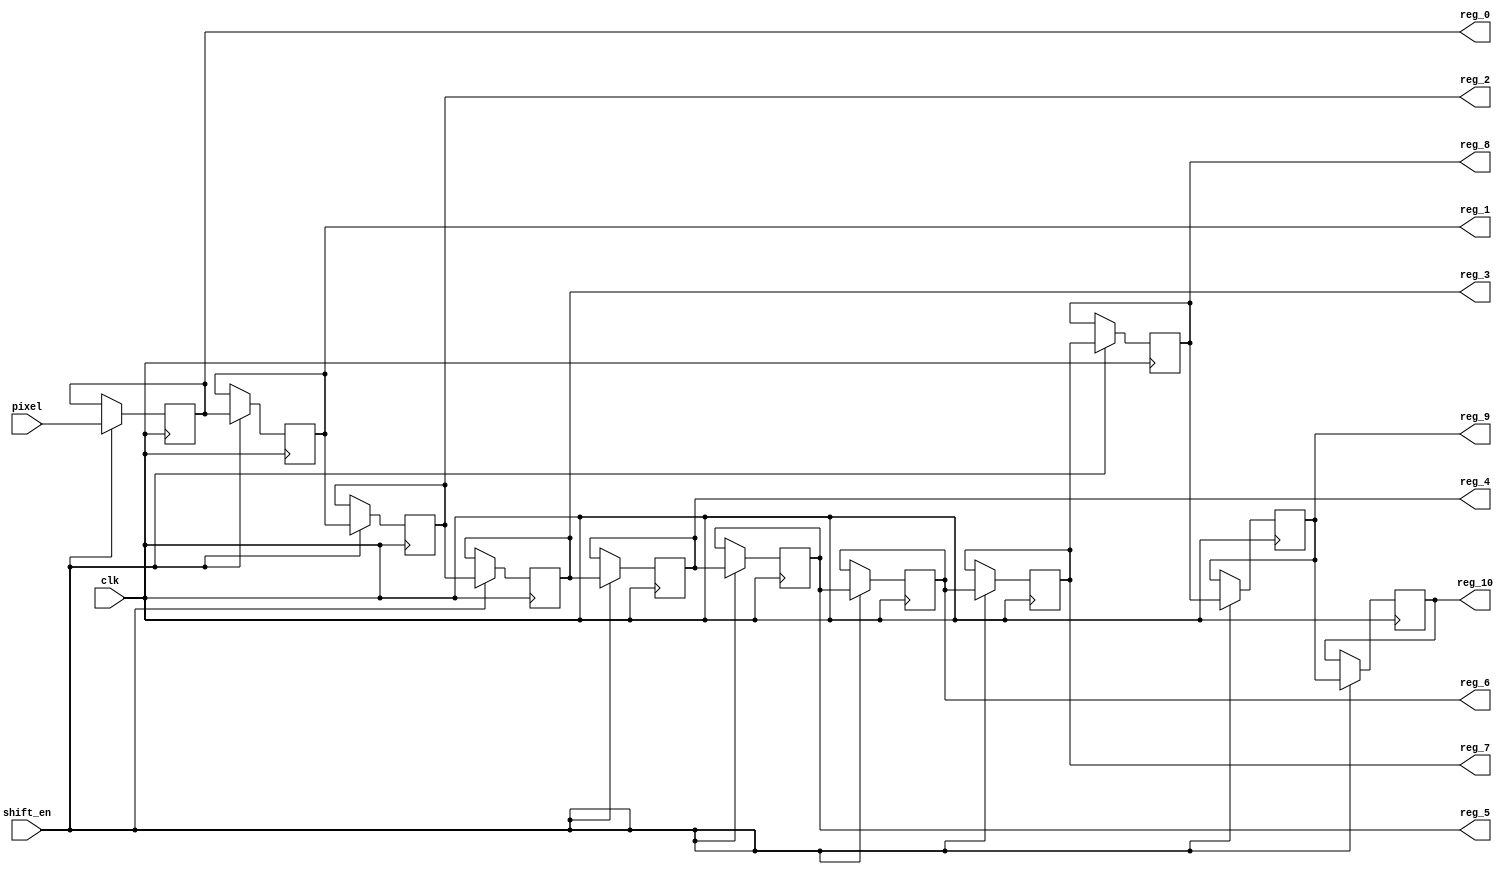
`timescale 1 ns/10 ps  // time-unit = 1 ns, precision = 10 ps

module shift_reg(
input [23:0] pixel,
input clk,
input shift_en,
output reg [23:0] reg_0, reg_1, reg_2, reg_3, reg_4, reg_5, 
						reg_6, reg_7, reg_8, reg_9, reg_10);
					
always @(posedge clk)begin
	if(shift_en) begin
		reg_0 <= #1 pixel;
		reg_1 <= #1 reg_0;
		reg_2 <= #1 reg_1;
		reg_3 <= #1 reg_2;
		reg_4 <= #1 reg_3;
		reg_5 <= #1 reg_4;
		reg_6 <= #1 reg_5;
		reg_7 <= #1 reg_6;
		reg_8 <= #1 reg_7;
		reg_9 <= #1 reg_8;
		reg_10 <= #1 reg_9;
	end
end


endmodule